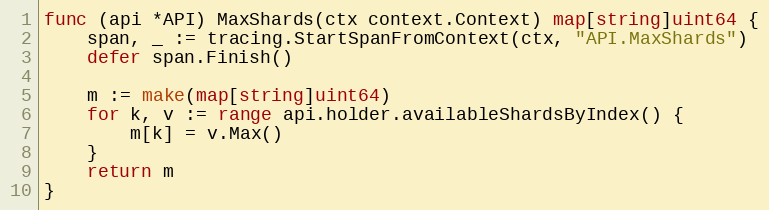
Language: Go
func (api *API) MaxShards(ctx context.Context) map[string]uint64 {
	span, _ := tracing.StartSpanFromContext(ctx, "API.MaxShards")
	defer span.Finish()

	m := make(map[string]uint64)
	for k, v := range api.holder.availableShardsByIndex() {
		m[k] = v.Max()
	}
	return m
}